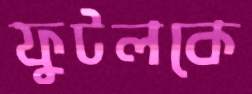
ফুটলকে